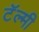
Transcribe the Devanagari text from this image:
टॅल्मी